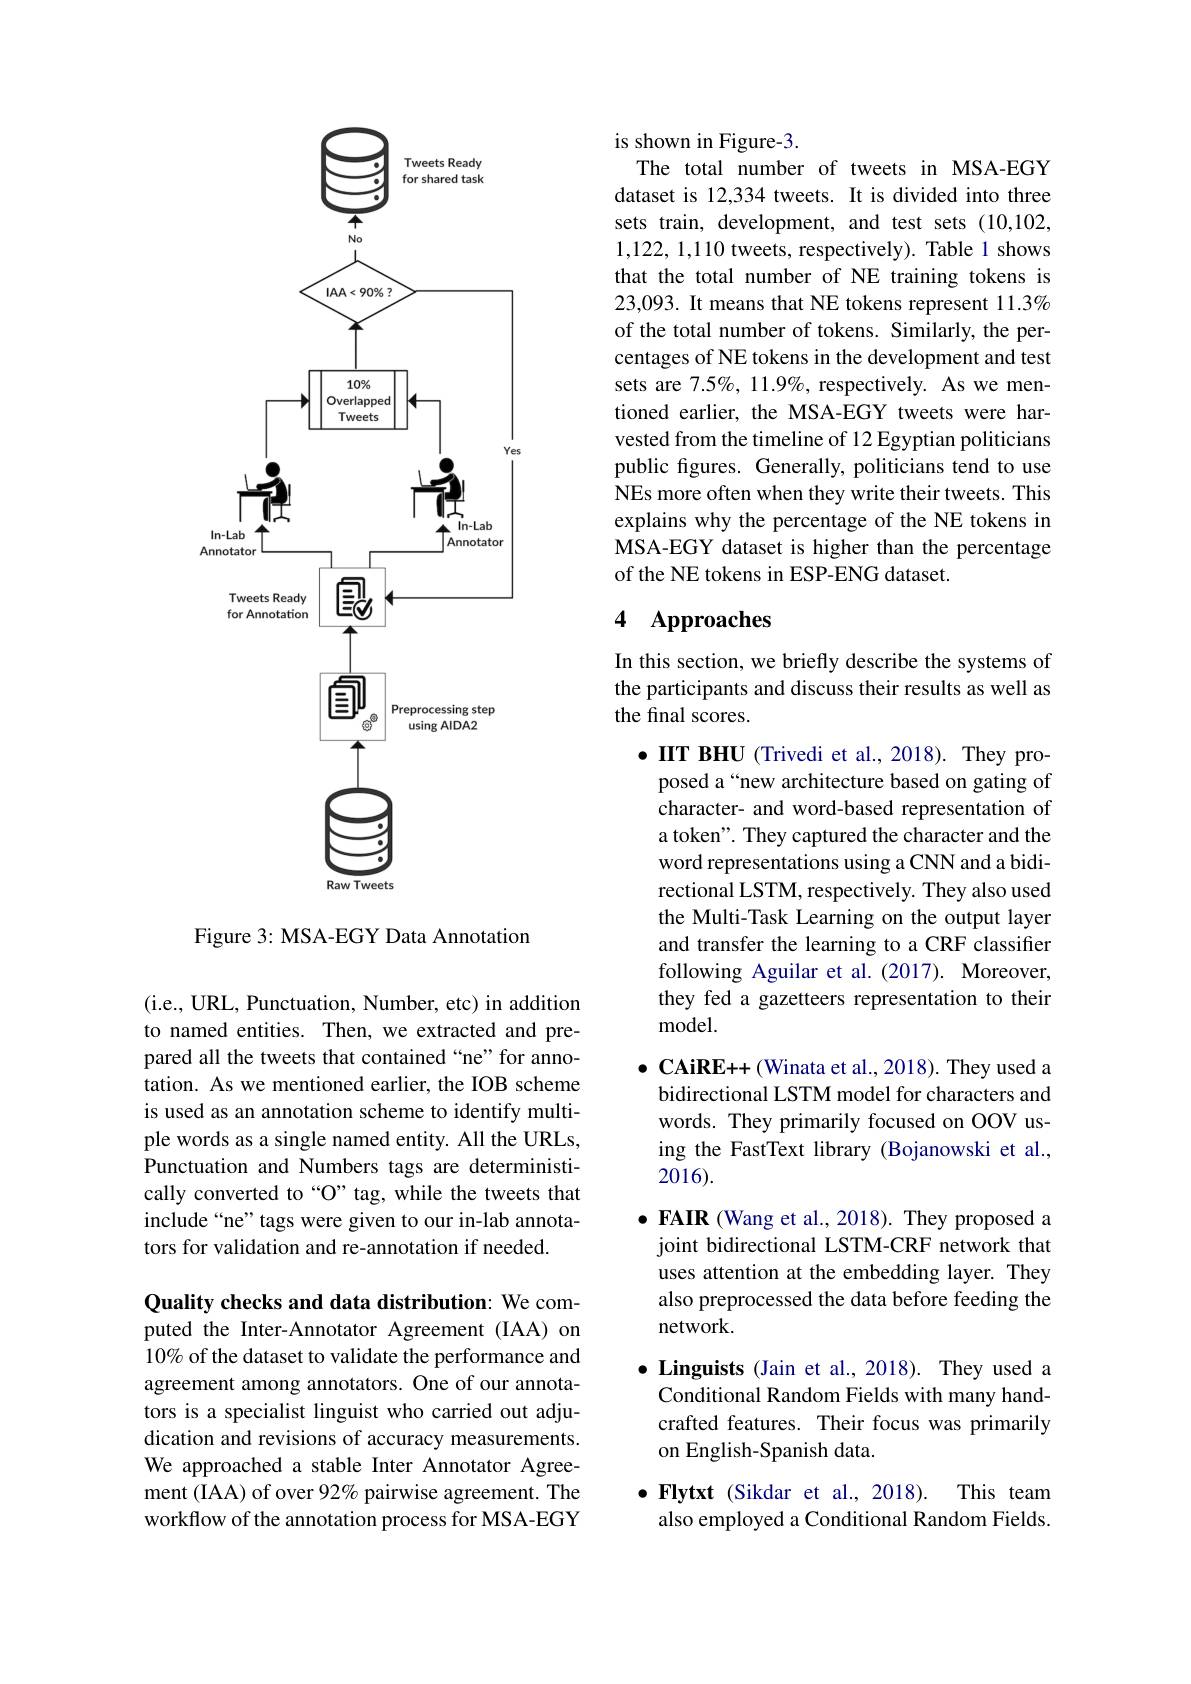
<FigureHere>

Figure 3: MSA-EGY Data Annotation

( i. e. , URL, Punctuation, Number, etc) in addition to named entities. Then, we extracted and prepared all the tweets that contained “ne”for annotation. As we mentioned earlier, the IOB scheme is used as an annotation scheme to identify multiple words as a single named entity. All the URLs, Punctuation and Numbers tags are deterministically converted to“O” tag, while the tweets that include“ne”tags were given to our in-lab annotators for validation and re-annotation if needed.

Quality checks and data distribution: We com-

puted the Inter-Annotator Agreement (IAA) on 10% of the dataset to validate the performance and agreement among annotators. One of our annotators is a specialist linguist who carried out adjudication and revisions of accuracy measurements. We approached a stable Inter Annotator Agreement (IAA) of over 92% pairwise agreement. The workflow of the annotation process for MSA-EGY

### is shown in Figure-3.

The total number of tweets in MSA-EGY dataset is 12,334 tweets. It is divided into three sets train, development, and test sets (10,102, 1,122,1,110 tweets, respectively). Table 1 shows that the total number of NE training tokens is 23,093. It means that NE tokens represent 11.3% of the total number of tokens. Similarly, the percentages of NE tokens in the development and test sets are 7.5%, 11.9%, respectively. As we mentioned earlier, the MSA-EGY tweets were harvested from the timeline of 12 Egyptian politicians public figures. Generally, politicians tend to use NEs more often when they write their tweets. This explains why the percentage of the NE tokens in MSA-EGY dataset is higher than the percentage of the NE tokens in ESP-ENG dataset.

# 4 Approaches

In this section, we briefly describe the systems of the participants and discuss their results as well as the final scores.

$\bullet$ IIT BHU (Trivedi et al.,2018). They pro-
posed a“new architecture based on gating of character- and word-based representation of a token". They captured the character and the word representations using a CNN and a bidirectional LSTM, respectively. They also used the Multi-Task Learning on the output layer and transfer the learning to a CRF classifier following Aguilar et al.(2017). Moreover, they fed a gazetteers representation to their ${\mathrm{model}}.$

$\bullet$ CAiRE++ (Winata et al., 2018). They used a bidirectional LSTM model for characters and words. They primarily focused on OOV using the FastText library (Bojanowski et al., 2016).
$\bullet$ FAIR (Wang et al., 2018). They proposed a
joint bidirectional LSTM-CRF network that uses attention at the embedding layer. They also preprocessed the data before feeding the network.
$\bullet$ Linguists (Jain et al., 2018). They used a Conditional Random Fields with many handcrafted features. Their focus was primarily on English-Spanish data.
$\bullet \textbf{Flytxt ( Sikdar et al. , 2018) . }$ This team also employed a Conditional Random Fields.